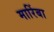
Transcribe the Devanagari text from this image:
मारिंबा